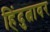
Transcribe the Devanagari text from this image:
हिंदुत्वावर